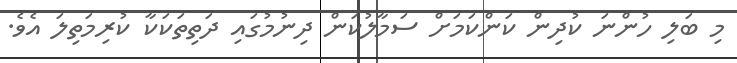
މި ބަލި ހުންނަ ކުދިން ކަންކަމަށް ސަމާލުކަން ދިނުމުގައި ދަތިތަކަކާ ކުރިމަތިލަ އެވެ.